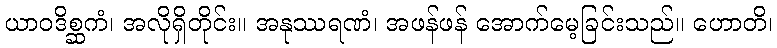
ယာဝဒိစ္ဆကံ၊ အလိုရှိတိုင်း။ အနုဿရဏံ၊ အဖန်ဖန် အောက်မေ့ခြင်းသည်။ ဟောတိ၊